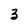
Character: 3